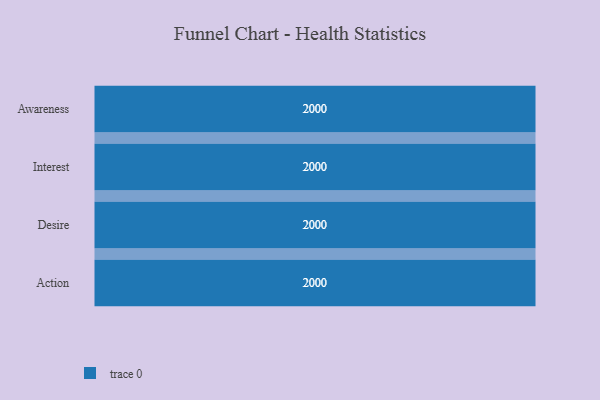
{"axis": {"x": "Stage", "y": "Value"}, "legend": [""], "data": [{"x": "Awareness", "y": 2000, "type": ""}, {"x": "Interest", "y": 2000, "type": ""}, {"x": "Desire", "y": 2000, "type": ""}, {"x": "Action", "y": 2000, "type": ""}]}